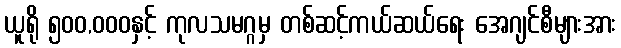
ယူရို ၅၀၀,၀၀၀နှင့် ကုလသမဂ္ဂမှ တစ်ဆင့်ကယ်ဆယ်ရေး အေဂျင်စီများအား